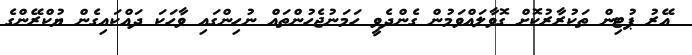
އޭރު ޕުޓިން ތަކުރާރުކޮށް ގޮވާލައްވަމުން ގެންދެވީ ހަމަނުޖެހުންތައް ނުހިންގައި ވާހަކަ ދައްކައިގެން ޔުކްރޭންގެ